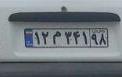
۱۲م۳۴۱۹۸